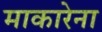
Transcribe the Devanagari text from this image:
माकारेना